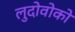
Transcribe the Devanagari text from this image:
लुदोवोको